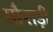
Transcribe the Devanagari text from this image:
मौराड़ी